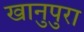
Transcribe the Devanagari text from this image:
खानुपुरा